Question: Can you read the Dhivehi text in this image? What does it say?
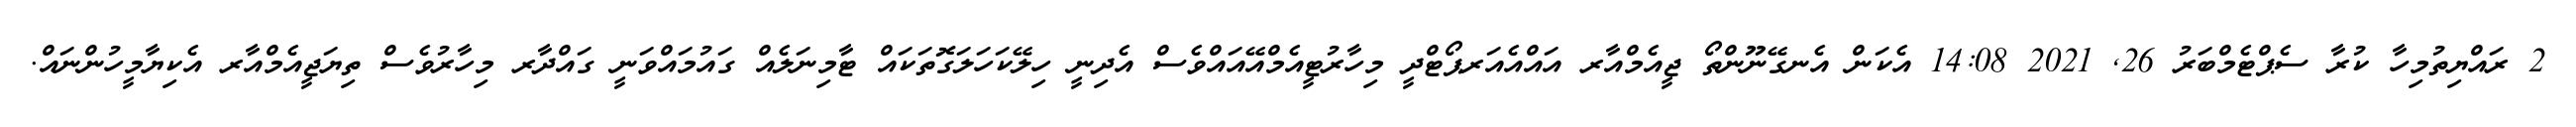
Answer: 2 ރައްޔިތުމިހާ ކުރާ ސެޕްޓެމްބަރު 26, 2021 14:08 އެކަން އެނގޭނޫންތޯ ޖީއެމްއާރ އައްއެއަރޕޯޓްދީ މިހާރުޓީއެމްއޭއައްވެސް އެދިނީ ހިލޭކަހަލަގޮތަކައް ޓާމިނަލެއް ގައުމައްވަނީ ގައްދާރ މިހާރުވެސް ތިޔަޖީއެމްއާރ އެކިޔާމީހުންނައް.